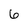
Character: 6